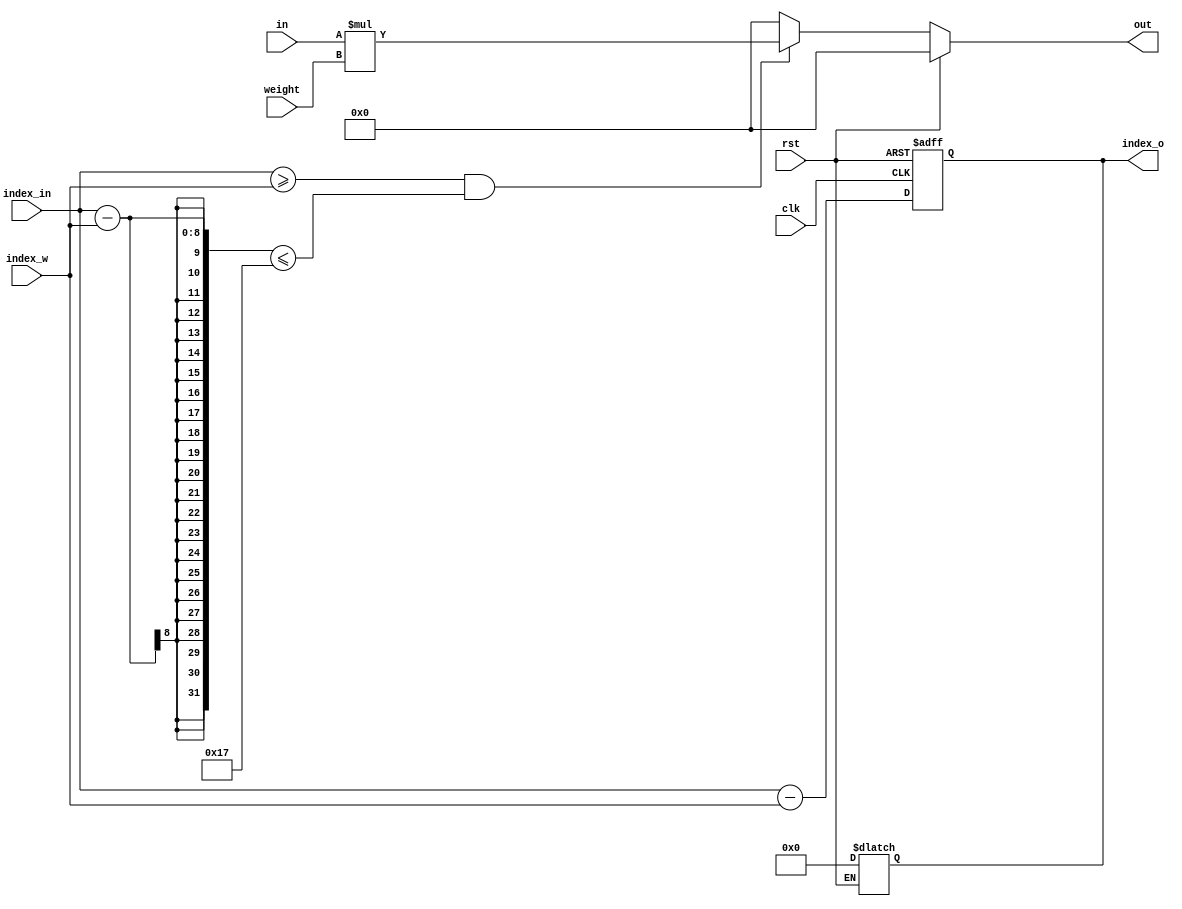
module mac(in, index_in, weight, index_w, out, index_o, clk, rst);
parameter   row_length = 28;
parameter   filter_size = 5;
input       [7:0]in;
input       [7:0]weight;
input       [7:0]index_in;
input       [7:0]index_w;
input       clk, rst;

output      [15:0]out;
output      [7:0]index_o;

reg         [15:0]out;
reg         [7:0]index_o;
    

always @(*) begin
    if (rst) begin
        out = 16'b0;
        index_o = 8'b0;
    end
    else begin
        if ((index_in >= index_w) && (index_in - index_w) <= row_length - filter_size)
            out = in*weight;
        else  
            out = 16'b0; 
    end
end

always @(posedge clk or posedge rst) begin
    if (rst) begin
        index_o <= 8'b0;     
    end
    else begin
        index_o = index_in - index_w;
    end
end

endmodule